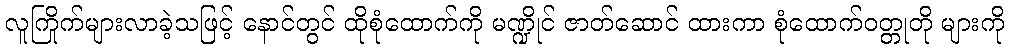
လူကြိုက်များလာခဲ့သဖြင့် နောင်တွင် ထိုစုံထောက်ကို မဏ္ဍိုင် ဇာတ်ဆောင် ထားကာ စုံထောက်ဝတ္တုတို များကို